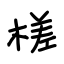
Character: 槎